Vital statistics of India. Vol. IV, Annual returns from 1871 to 1876. British Army of India, Native Army and jails of Bengal
Year: 1871
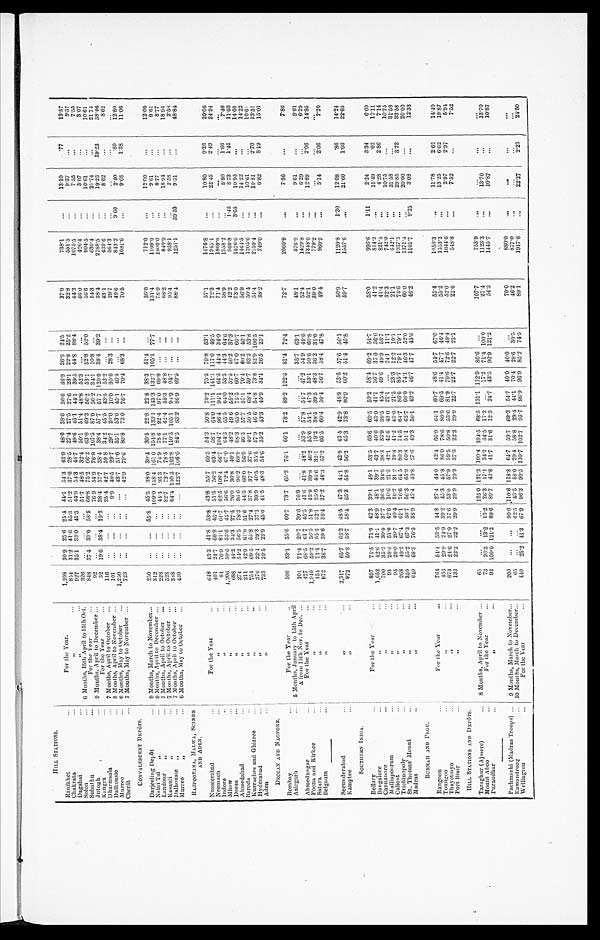
HILL STATIONS.
Ránikhet
. . .
For the Year.
1,298
30.9
25.6 25 .4
4 4.
1 54.3
4 3 ..
9 48'0
3 8 . 6 36.6 I 36.9 26.3
24.5
37.0
7 3 8 . 1
...
13.10
. 77
1 3 . 8 7
Chakráta
...
„
...
854
31.2
4 1 . 6 55 .3
51.2
37.6
28'5
2 7 . 4
2 7 . 5 27'6
2 3 . 1
2 2 . 8
2 5 . 2
3 2 . 8
551. 5
...
9 . 3 7
...
9 . 3 7
Dagshai
...
,,
. . .
927
35.1 33.0
41 .3
4 4
. .
9 54.3
44.7
4 9 . 6
4 5 . 1
44.1
39.5
44.8
88.4
4 4 . 2
1 0 7 5 . 5
...
7 . 5 5
...
7 . 5 5
Solon
...
6 Months, 15th'' April to 15th Oct.
326
...
...
...
51 . 7 48.5
32'4 50.1
51.4
48.8
52.3
...
...
46.0
426.4
...
3.07
...
3.07
Subathu
...
For the Year
... 848
37.4
33.0 58.5 66.8 75.2 66.2
630. 63.0
69.2
56.2
53.1
52.8 52.0
56.6
904.5
...
10.61
...
10.61
jutogh
...
9 Months, April to December ...
92
...
...
...
76-9 54.9 76.9
1077.5 87.0 56.2 34.1
10.8
...
54.3
630.4
...
21.74
...
21.74
Kangra
...
For the Year
...
52
19.6 38.4
19.2 38.4
57.7 38.4 38.4
57.7
57 .7 120.0 38.4
39.2
38.4
2788.5
...
19.23
19.23
38.46
Dharmsala
...
7 Months, April to October
...
116
...
...
...
25.4
42.7 59-8 34.2
45.5
43.5
52.2
....
...
43.1
43.1
439.6
8.62
...
8.62
Dalhousie
...
8 Months, April to November ...
101
...
...
...
9.9 49.5
29.7 55.1
53.6
45 . 1
46 . 5
...
...
49.6
843.2
..
9.60
2.40
.80
12.80
M urree
...
6 Months, May to October
...
1,250
...
...
...
...
43.7 51.6
55.1
53.6
45.1
46.5
...
...
49.6
843.2
9.60
2.40
1'35
11'00
Cherat
...
7 Months, hay to November ...
723
...
...
...
...
429
79'6 80.8
73.0
76.7 70.4
68.3
...
70.5
1081.6
...
9.68
1.38
11.06
CONVALESCENT DEPôTS.
Darjeeling Depôt
9 Months, March to November...
250
...
...
55.8
45.5
38.0
30 .4 30.5
22.8 22.8
38.3
51'4
...
36'0
712.0
...
12.00
...
12.00
Naini Tal
„
...
9 Months, April to December ...
312
...
...
...
109.0 158.4 161. 0 154.8 133.1 143.3 132.7 105.1 77.7
131.4
1109.0
...
9.61 ...
9.61
Landuor
„
...
7 Months, April to October
...
228
...
...
...
44.4 93.3
74.9 78.6
92.4
97'0 69.8
...
...
78.9
1000.0
...
8.77
...
8.77
Kasauli„
...
7 Months, April to October ...
528
... ...
...
82.7
73.7 78 .5 77.1 62.4
55.3
48.8
...
...
68.2
849.9
...
18.94 ...
18.94
Dalhousie„
...
7 Months, April to October ...
388
...
...
...
64.4 100 .3 102.8 110.5 105.1 94.9 94.7
...
...
95.4
938.1
39.53
2.58
...
2.58
Murree
„
...
6 Months, May to October
...
430
...
...
... 122.7 106.0
84.5
63.2 86.9
69.5
..,
...
88.4
1251.1
39.53
9.31
...
48.84
RAJPOOTA NA, MA LWA, SCINDE
AND ADEN.
Nussecabad
...
For the Year
...
648
43 . 3 41.8 53.8
43.8
55.7
60'5
54'3
50.8 70.2
75.5
79'8
53'1
57'1
1176'8
.,,
10'80
9'26
20'06
Neemuch
...
,,
...
401
24.7
60.9 46.4
51.5 56.2 63.4
58.7
64.0
111.1 141.1 117.0 49.5
72.3
1945.1
...
22.45
2.49
24.94
Indor
... ,,
...
84
76.9 81.1
61 . 7
62.5 108.4
66.7 104'7
96-4
91'1 j 64'5
44'4 34.9
58.9
1358'2
...
...
...
...
Mhow
...
,,
...
1,206
50 . 6 53.6 45.7
56'6
72.4
67.0 64.3
65.5 64.0
53.3
44.3
64.6
58.9
1358.2
...
5.80
1.66
7.46
Deesa
...
,,
...
688
44.2 34.3 27 . 5
26'0
30'8
40'1 48.2
49.06
55.2 52.5
50.2
37.3
42.2 960.8
1.45
8.73
1.45
11.63
Ahmedabad
...
,,
...
274
54.2
56.5 78.3 96.6
96 . 2 69.9
68.3
65'0 75.5
60'7
67'0 66.7
73.0
1576'6 3.65
10.95
...
14.22
Baroda
...
,,
...
211
42.9 61.0
51.6
44.3 60.0 56.9
57'7
57'1
70.4 60.2
46.1 56.9
1464.5
...
10.61 ...
10.61
Kurracheeand Ghizree
...
,,
...
754
69-5 55.8
27.4 37.8
37 . 7
37 .6 40.1 50.5
68 .4
59.7
'
63'3
53.8
50.4
1205.6
...
10.81
2.70
13.51
Hyderabad
...
,,
...
370
22.4 29.3 37.3
39-9
40.5 35.5 57.9
46.6
54 . 8
73.8
82.9 106.5
51.4
2159.4
...
10.81
2.70
13.51
Aden
JI
..
733
29'5
22'9
45'0
41'5 48'3
54'6
35'2
43'3
43'9
31'1
26'5 25.1 38.2
749.0
...
6.82
8.19
15.01
DECCAN AND NAGPORE.
Bombay
For the Year
...
509
53.1 55.6
60.7 73.7 65.2 76.1 66.1 78.2 89.2 122.6 81'4
7'2'4
72.7
2060'9
„
7'86
...
7'86
Asirgarh
...
5 Months, January to 15th April
104
71'4 29.7 39'6 76'9
... I ...
...
...
...
...
35'7
63'1
48.1
576'9
...
9'61
...
9'61
& from 15th Nov, to Dec. ...
Ahmednagar
...
For the Year
...
477
68'5
61.7
45'5
41'6
41'8 48'2 53.9
57'8
54.7 47.2
54.9
49.6 52.4
1429.8
...
6.29
....
6.29
Poona and Kirkee
...
„
...
1,940
59 . 2
56 .5
51'8
43'9
39'8 46.2
55.6
54.1 47'3
53 . 1
59'6 60.8
52.1
1348'0
...
12'89 2.06
14.95
Satara
...
,,
... 154
71'4
55-2
321
25.6 44.6 32.1
19'2 38'5
39.5 48'3
36'2 31.6
39-0
779'2
...
...
2.06
7.20
Belgium
...
„
...
972
38.7
39'6
38'4 37'2
46'3
57'2 66'5
60'4
50'4
56'7
58'4
47'5
49'4
960'9
...
5.14
2.06
7.20
Secunderabad
... I
,,
' ...
2,317
65'7
63'2 48.5
47'3
44'1
42'9
43'5 42 .9
48'9
53'6
57'6 56'1
50'9
1120'8
1'30
12'08
'86
14'24
Kampte
...
,,
...
972
50'8 58.7 58.4
65'3
55.8
56'2
65'3
73'8 80'9
60'2
51'4 45.8
59'7
1557'6
...
21.60
1.03
22.63
SOUTHERN INDIA.
Bella ry
...
For the Year
...
897
75'5
71'9
42'3 39'1
49'1
.53'5
60'6
63'5
59'2 58'4 69'2 54.7
58'0
996'6
1.11
2'24
3'34
6'69
Bangalore
...
,,
...
1,652
42'6 41.1
48'9
48'1
39'7
43'7
40'0 43-0 41'1 36.7
37 0 36.6
41.4
821'4
4'28
.62
12.11
Cannanore
... ,,
...
700
35'2 30 . 0
37.7
36-6
34.8 38'3
33'9
39'5 45.4 49.6
49'9 58.7
41.4
821.4
...
4.28
2.86
7.14
Malliapoorum
...
,,
...
93
20 . 0
51'0
42'6
10'6
21.3 42.1 42. 6 43.0
21'1
...
24'1
11'1
32'3
742.0
...
10.75
...
10.75
Caliciit
...
„
...
95
20-0 29-7
40'4
10.2 31. 2 19-8
41'2
43 . 0
21'5 23'3
12'2
10'1
21.1
612'1
...
31.58
...
31.58
Trichinnpoly
...
31
268
49'2 67.4
61'1
76'6
645 80'3
74'5 64.7
86'6 85.7
79.1 79'1
74.6 1037.3
.. ....
29.85 ...
33.58
St. Thomas' Mount
If
....
350
55'2 67'3
56'7
56'3
65'9
60.8
51 . 1
62.7 66'0 74.1
40'7
46'3
52'0
60'0
1371'4
,,,
20.00 ...
20.00
Madras
,,
...
649
68.3 76'5
38.9 43.4
40'8
27'6
49'3
50 .1
49'2 46.7
47-7
45'6 46.2
1101.7
...
3.08
...
12.33
Burowh AND PEGU.
Rangoo
...
For the Year
...
764
54.4 53 . 5 44'8 27'4
44'0
42'4 66.9
64.1 60'7
48'6
54.7 67'0
52'4
1056'3
11'78
2'62
14'40
Toungo
....
,,
...
453
29'9
24. 9 39'2 45.3
45'8
86'0
78'6 80.9
69'5 41'4
47.7
46'1
55'2
1353' 2
13.25
6.62
19'87
Thayetiny
„
...
673
24'6 27'9
37'6
53'0
57'9
59'5
50'8
53'0 81.9
70'6
72'6
49'4
52'0
1044'6
...
2.97
2'97
5'91
Port Blair
...
,,
...
133
22'2
22'2
29'9
29'9
29'9 37'3
22-2
29.9 22.7 22.7
22.7
23.1
22.6
548.8
...
7.52
...
7.52
HILL STATIONS AND DEPOTS.
Taraghttr (Ajmere)
...
8 Months, April to November ...
65
...
...
...
125'0 121'2 109'4 104'5
68.5 131'1 112.9 80 .6
...
107'7
'
753'9 ...
...
...
...
Mount Aboo
For the Year
...
73
26'3
13'2
13 .2
26'3
17.1 34.2
34'5
17'2
...
17.2
71'4 100'0
27.4
1123.3
...
13.70 ...
13.70
Purandhar
...
,,
...
92
100'0 121'2
89'6 89'7
43'8 41'7
31'6
12.3
24 . 7 43.5
90'9 121'2 54.3
1445.7
...
1087
...
1087
Pachmarhi (Madras Troops) ...
9 Months, March to November...
200
...
...
90'9 110'6 118.8 64'7
59.7
69'3
54'7
40'0
40'0
...
70'0
.
880'0
...
...
....
...
Ramandroog
... 10 Mont hs, March to December.
...
65
...
..,
62'5 43.5
58.0
29'4 58.8
29.4
44.1
70.4
28.6
30.3 46.2
877.0
. 3.
...8
...
...
...
W ellington
...
For the Year
...
449
25.2 41.3
67.9 96.3
90.5 110.7 102.7 95.7
96.9
9 6 . 9
85.2
74.5
89.1
1917.6
...
22.27
2. 23 24.50